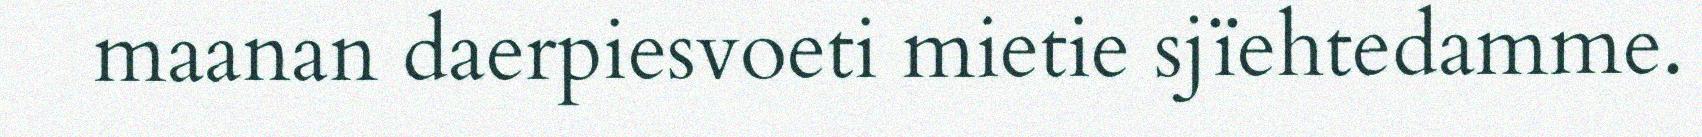
maanan daerpiesvoeti mietie sjïehtedamme.